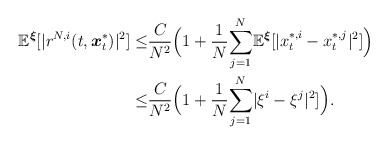
\begin{align*}\begin{aligned}\mathbb{E}^{\boldsymbol{\xi}}[|r^{N,i}(t,\boldsymbol{x}^*_t)|^2]\leq& \frac{C}{N^2}\Big(1+\frac{1}{N}\underset{j=1}{\overset{N}\sum}\mathbb{E}^{\boldsymbol{\xi}}[|x^{*,i}_t-x^{*,j}_t|^2]\Big)\\\leq & \frac{C}{N^2}\Big(1+\frac{1}{N}\underset{j=1}{\overset{N}\sum}|\xi^{i}-\xi^{j}|^2]\Big).\end{aligned}\end{align*}